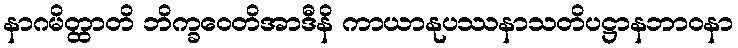
နာဂမိတ္ထာတိ ဘိက္ခဝေတိအာဒီနိ ကာယာနုပဿနာသတိပဋ္ဌာနဘာဝနာ